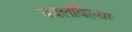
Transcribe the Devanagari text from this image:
बदलविल्या